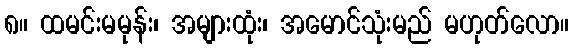
၈။ ထမင်းမမုန်း၊ အများထုံး၊ အမောင်သုံးမည် မဟုတ်လော။